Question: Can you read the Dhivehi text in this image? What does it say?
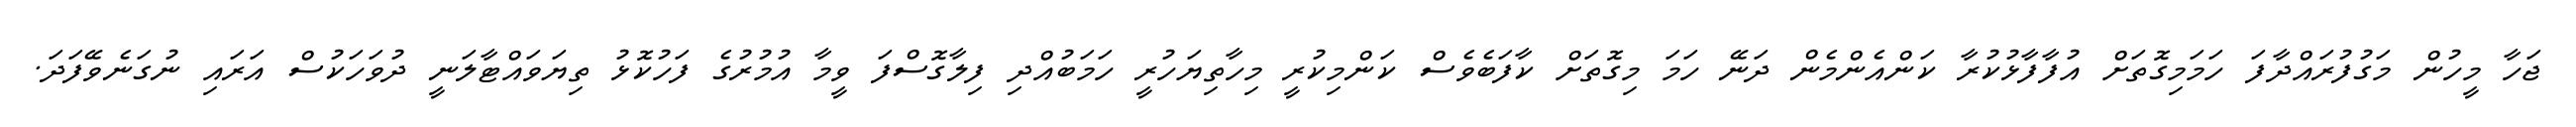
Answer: ޖަހާ މީހުން މަގުފުރައްދާފަ ހަމަމިގޮތަށް އުފާފާޅުކުރާ ކަންއެންމެން ދަނޭ ހަމަ މިގޮތަށް ކާފަބެވެސް ކަންމިކުރީ މިހާތިޔަހުރީ ހަމަބުއްދި ފިލާގޮސްފަ ވީމާ އުމުރުގެ ފަހުކޮޅު ތިޔަވައްޓާލަނީ ދުވަހަކުސް އަރައި ނުގަނެވޭފަދަ.